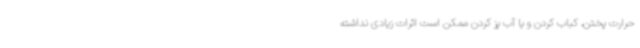
حرارت پختن، کباب کردن و یا آب پز کردن ممکن است اثرات زیادی نداشته